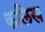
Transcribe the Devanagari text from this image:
कलिख